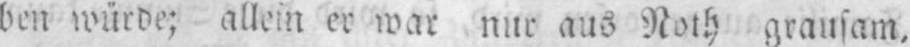
ben würde; allein er war nur aus Noth grausam,